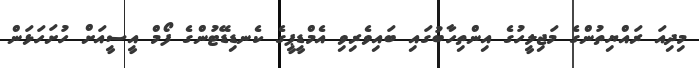
މިދިއަ ރައްޔިތުންގެ މަޖިލީހުގެ އިންތިހާބުގައި ބައިވެރިވި އެމްޑީޕީގެ ކެނޑިޑޭޓުންގެ ފޯމް އީސީއަށް ހުށަހަޅަން